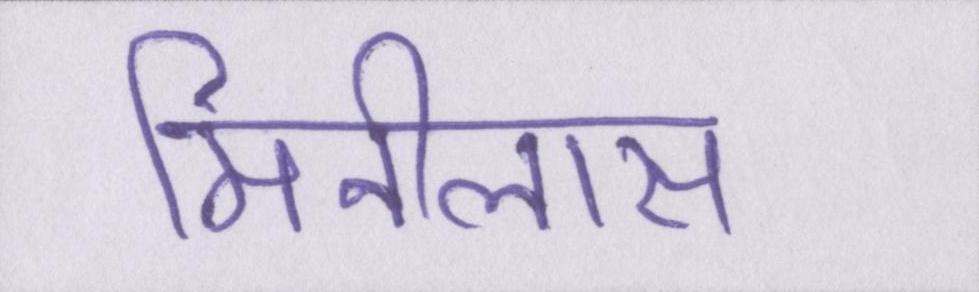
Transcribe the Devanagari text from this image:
मिनीलास